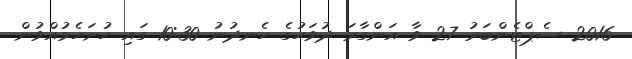
2016 ސެޕްޓެންބަރު 27 ވާ އަންގާރަ ދުވަހުގެ ހެނދުނު 10:30 ގައި ހުށަހެޅުއްވުން